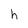
Character: e